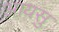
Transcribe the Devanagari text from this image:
आयसु